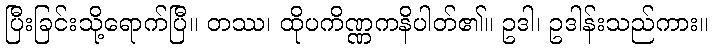
ပြီးခြင်းသို့ရောက်ပြီ။ တဿ၊ ထိုပကိဏ္ဏကနိပါတ်၏။ ဥဒါ၊ ဥဒါန်းသည်ကား။